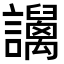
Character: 𧮏